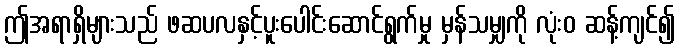
ဤအရာရှိများသည် ဖဆပလနှင့်ပူးပေါင်းဆောင်ရွက်မှု မှန်သမျှကို လုံးဝ ဆန့်ကျင်၍